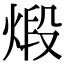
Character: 煅